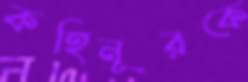
কহিনূরকে